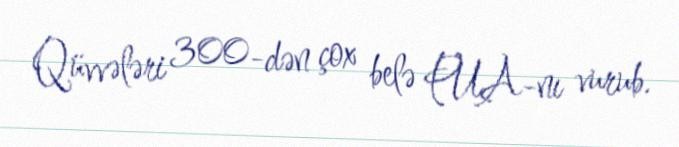
Qüvvələri 300-dən çox belə PUA-nı vurub.